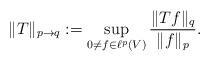
LaTeX: \begin{align*} \|T\|_{p \to q} := \sup_{0 \neq f \in \ell^p(V)} \frac{\|Tf\|_q}{\|f\|_p}.\end{align*}